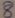
Text: 8